Civil Veterinary Dept. North-West Frontier Province 1901-22 - 1901-1922
Year: 1901
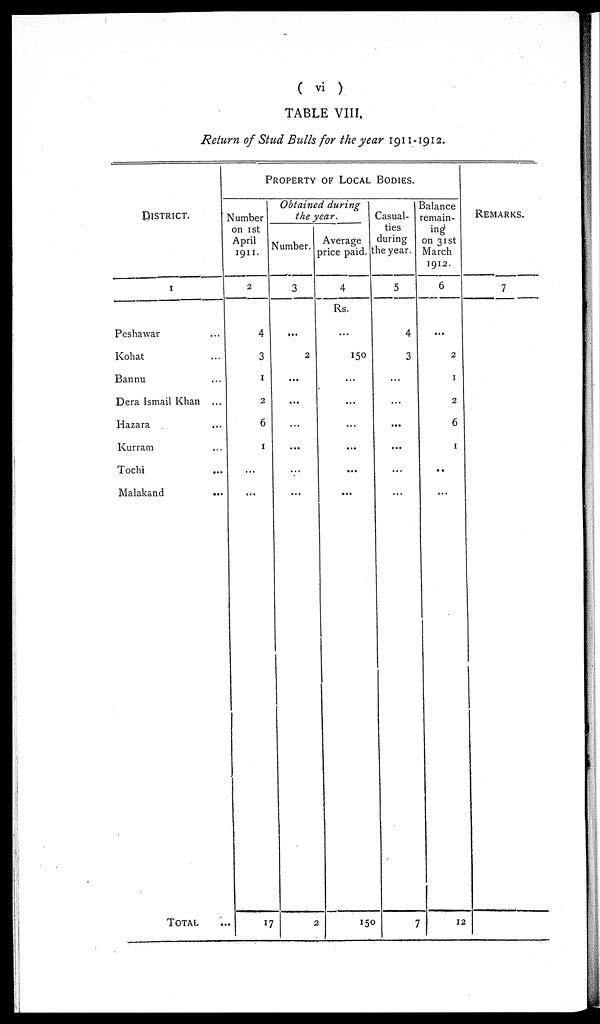
( vi )
TABLE VIII.
Return of Stud Bulls for the year 1911 -1912.
DISTRICT.
1
Peshawar ...
Kohat ...
Bannu ...
Dera Ismail Khan ...
Hazara ...
Kurram ...
Tochi ...
Malakand ...
TOTAL ...
PROPERTY OF LOCAL BODIES.
Number
on 1st
April
1911.
2
4
3
1
2
6
1
...
...
17
Obtained during
the year.
Number.
3
...
2
...
...
...
...
...
...
2
Average
price paid.
4
Rs.
...
150
...
...
...
...
...
...
150
Casual-
ties
during
he year.
5
4
3
...
...
...
...
...
...
7
Balance
remain-
ing
on 31st
March
1912.
6
...
2
1
2
6
1
..
...
12
REMARKS.
7